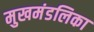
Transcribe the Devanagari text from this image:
मुखमंडलिका